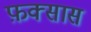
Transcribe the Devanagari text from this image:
फ़क्सास